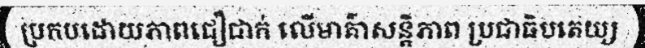
ប្រកបដោយភាពជឿជាក់ លើមាគ៌ាសន្តិភាព ប្រជាធិបតេយ្យ